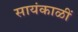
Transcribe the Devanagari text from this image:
सायंकाळीं